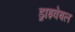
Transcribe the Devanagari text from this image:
ड्राइवेबल